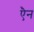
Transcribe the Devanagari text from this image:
एैन